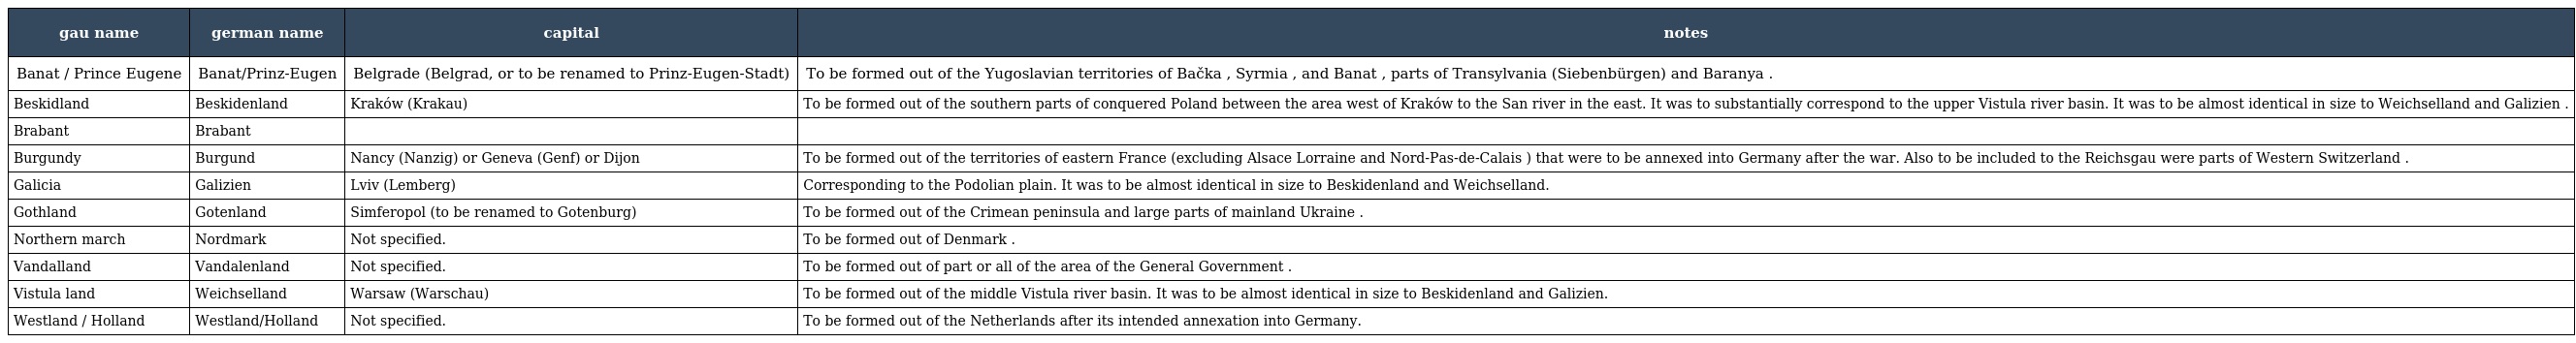
| gau name | german name | capital | notes |
 | --- | --- | --- | --- |
 | Banat / Prince Eugene | Banat/Prinz-Eugen | Belgrade (Belgrad, or to be renamed to Prinz-Eugen-Stadt) | To be formed out of the Yugoslavian territories of Bačka , Syrmia , and Banat , parts of Transylvania (Siebenbürgen) and Baranya . |
 | Beskidland | Beskidenland | Kraków (Krakau) | To be formed out of the southern parts of conquered Poland between the area west of Kraków to the San river in the east. It was to substantially correspond to the upper Vistula river basin. It was to be almost identical in size to Weichselland and Galizien . |
 | Brabant | Brabant |  |  |
 | Burgundy | Burgund | Nancy (Nanzig) or Geneva (Genf) or Dijon | To be formed out of the territories of eastern France (excluding Alsace Lorraine and Nord-Pas-de-Calais ) that were to be annexed into Germany after the war. Also to be included to the Reichsgau were parts of Western Switzerland . |
 | Galicia | Galizien | Lviv (Lemberg) | Corresponding to the Podolian plain. It was to be almost identical in size to Beskidenland and Weichselland. |
 | Gothland | Gotenland | Simferopol (to be renamed to Gotenburg) | To be formed out of the Crimean peninsula and large parts of mainland Ukraine . |
 | Northern march | Nordmark | Not specified. | To be formed out of Denmark . |
 | Vandalland | Vandalenland | Not specified. | To be formed out of part or all of the area of the General Government . |
 | Vistula land | Weichselland | Warsaw (Warschau) | To be formed out of the middle Vistula river basin. It was to be almost identical in size to Beskidenland and Galizien. |
 | Westland / Holland | Westland/Holland | Not specified. | To be formed out of the Netherlands after its intended annexation into Germany. |